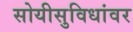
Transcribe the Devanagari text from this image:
सोयीसुविधांवर